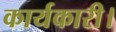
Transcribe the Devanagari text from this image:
कार्यकारी।